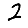
Digit: 2